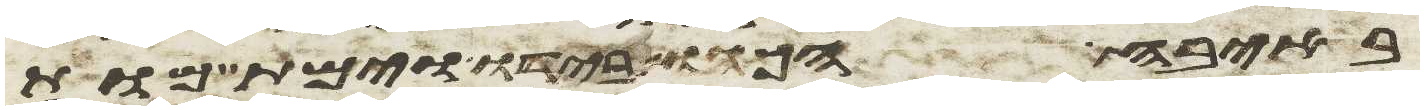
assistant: באיבה הכהו בידו וימת מות